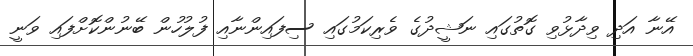
އޭނާ އަދި ވިދާޅުވި ގޮތުގައި ނަޝީދުގެ ވެރިކަމުގައި ސިފައިންނާއި ފުލުހުން ބޭނުންކޮށްފައި ވަނީ